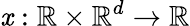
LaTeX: \mathit{x}:\mathbb{{R}}\times\mathbb{{R}}^{d}\to\mathbb{{R}}